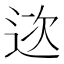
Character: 𨒮